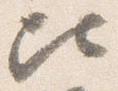
比